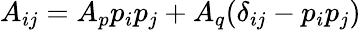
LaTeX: A_{ij}=A_{p}p_{i}p_{j}+A_{q}(\delta_{ij}-p_{i}p_{j})